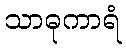
သာဓုကာရံ